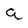
Character: a